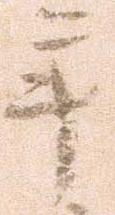
年